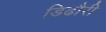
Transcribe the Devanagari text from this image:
डिढौरी